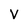
Character: V